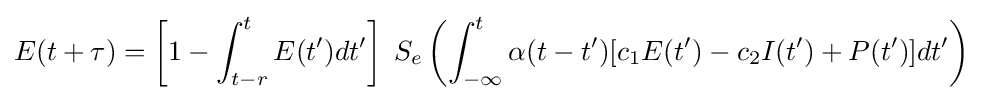
E(t+\tau )=\left[1-\int _{t-r}^{t}E(t')dt'\right]\;S_{e}\left(\int _{-\infty }^{t}\alpha (t-t')[c_{1}E(t')-c_{2}I(t')+P(t')]dt'\right)